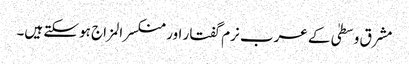
مشرق وسطیٰ کے عرب نرم گفتار اور منکسرالمزاج ہو سکتے ہیں۔